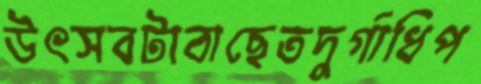
উৎসবটাবাছেতদুর্গাধিপ